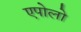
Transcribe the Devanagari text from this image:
एपोलो